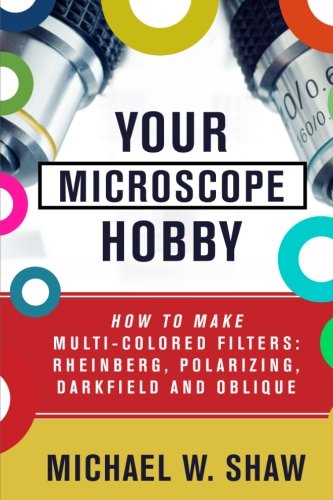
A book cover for Your Microscope Hobby: How To Make Multi-colored Filters: Rheinberg, Polarizing, Darkfield and Oblique; Michael Shaw; Science & Math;